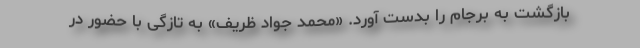
بازگشت به برجام را بدست آورد. «محمد جواد ظریف» به تازگی با حضور در